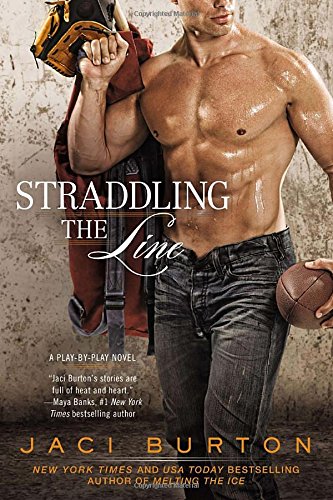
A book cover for Straddling the Line (A Play-by-Play Novel); Jaci Burton; Romance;